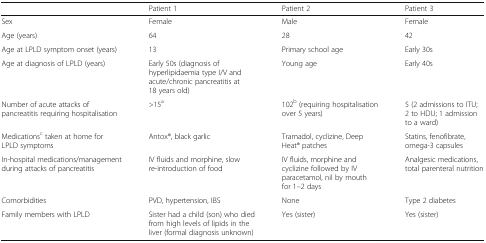
|  | Patient 1 | Patient 2 | Patient 3 |
 | --- | --- | --- | --- |
 | Sex | Female | Male | Female |
 | Age (years) | 64 | 28 | 42 |
 | Age at LPLD symptom onset (years) | 13 | Primary school age | Early 30s |
 | Age at diagnosis of LPLD (years) | Early 50s (diagnosis of hyperlipidaemia type I/V and acute/chronic pancreatitis at 18 years old) | Young age | Early 40s |
 | Number of acute attacks of pancreatitis requiring hospitalisation | >15a | 102b (requiring hospitalisation over 5 years) | 5 (2 admissions to ITU; 2 to HDU; 1 admission to a ward) |
 | Medicationsc taken at home for LPLD symptoms | Antox®, black garlic | Tramadol, cyclizine, Deep Heat® patches | Statins, fenofibrate, omega-3 capsules |
 | In-hospital medications/management during attacks of pancreatitis | IV fluids and morphine, slow re-introduction of food | IV fluids, morphine and cyclizine followed by IV paracetamol, nil by mouth for 1–2 days | Analgesic medications, total parenteral nutrition |
 | Comorbidities | PVD, hypertension, IBS | None | Type 2 diabetes |
 | Family members with LPLD | Sister had a child (son) who died from high levels of lipids in the liver (formal diagnosis unknown) | Yes (sister) | Yes (sister) |